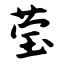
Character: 莹